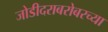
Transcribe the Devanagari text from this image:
जोडीदराबरोबरच्या